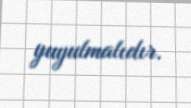
yuyulmalıdır.